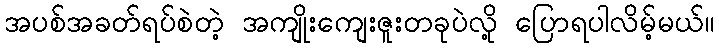
အပစ်အခတ်ရပ်စဲတဲ့ အကျိုးကျေးဇူးတခုပဲလို့ ပြောရပါလိမ့်မယ်။